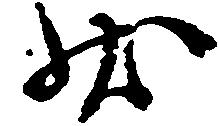
状